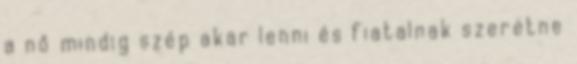
a nő mindig szép akar lenni és fiatalnak szeretne